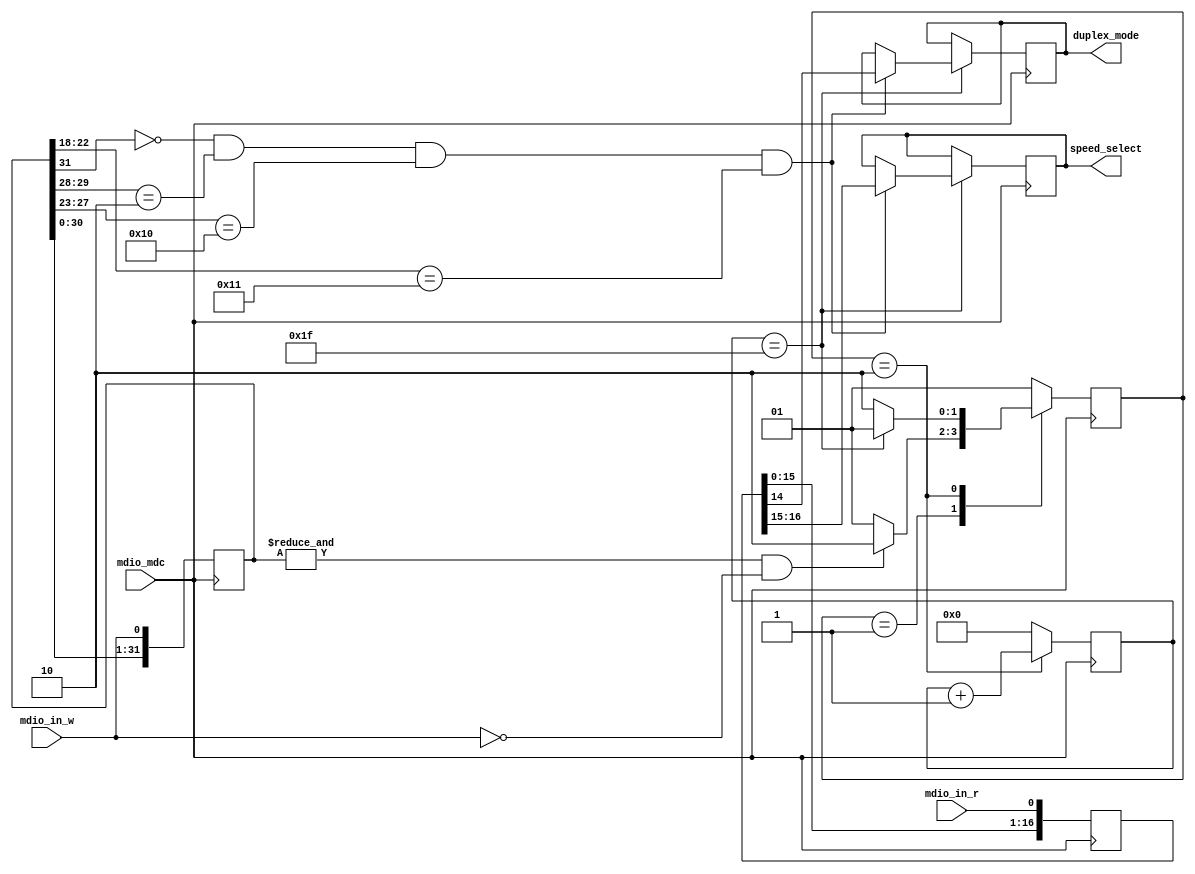
`timescale 1ns/100ps

// ***************************************************************************
// ***************************************************************************
// Copyright 2014 - 2017 (c) Analog Devices, Inc. All rights reserved.
//
// In this HDL repository, there are many different and unique modules, consisting
// of various HDL (Verilog or VHDL) components. The individual modules are
// developed independently, and may be accompanied by separate and unique license
// terms.
//
// The user should read each of these license terms, and understand the
// freedoms and responsibilities that he or she has by using this source/core.
//
// This core is distributed in the hope that it will be useful, but WITHOUT ANY
// WARRANTY; without even the implied warranty of MERCHANTABILITY or FITNESS FOR
// A PARTICULAR PURPOSE.
//
// Redistribution and use of source or resulting binaries, with or without modification
// of this file, are permitted under one of the following two license terms:
//
//   1. The GNU General Public License version 2 as published by the
//      Free Software Foundation, which can be found in the top level directory
//      of this repository (LICENSE_GPL2), and also online at:
//      <https://www.gnu.org/licenses/old-licenses/gpl-2.0.html>
//
// OR
//
//   2. An ADI specific BSD license, which can be found in the top level directory
//      of this repository (LICENSE_ADIBSD), and also on-line at:
//      https://github.com/analogdevicesinc/hdl/blob/master/LICENSE_ADIBSD
//      This will allow to generate bit files and not release the source code,
//      as long as it attaches to an ADI device.
//
// ***************************************************************************
// ***************************************************************************

module mdc_mdio #(

  parameter PHY_AD = 5'b10000) (

  input                   mdio_mdc,
  input                   mdio_in_w,
  input                   mdio_in_r,

  output  reg [ 1:0]      speed_select,
  output  reg             duplex_mode);


  localparam IDLE     = 2'b01;
  localparam ACQUIRE  = 2'b10;

  wire        preamble;

  reg [ 1:0]  current_state = IDLE;
  reg [ 1:0]  next_state    = IDLE;
  reg [31:0]  data_in       = 32'h0;
  reg [31:0]  data_in_r     = 32'h0;
  reg [ 5:0]  data_counter  = 6'h0;

  assign preamble = &data_in;

  always @(posedge mdio_mdc) begin
    current_state <= next_state;
    data_in <= {data_in[30:0], mdio_in_w};
    if (current_state == ACQUIRE) begin
      data_counter <= data_counter + 1;
    end else begin
      data_counter <= 0;
    end
    if (data_counter == 6'h1f) begin
      if (data_in[31] == 1'b0 && data_in[29:28]==2'b10 && data_in[27:23] == PHY_AD && data_in[22:18] == 5'h11) begin
        speed_select <= data_in_r[16:15] ;
        duplex_mode  <= data_in_r[14];
      end
    end
  end

  always @(negedge mdio_mdc) begin
    data_in_r <= {data_in_r[30:0], mdio_in_r};
  end

  always @(*) begin
    case (current_state)
      IDLE: begin
        if (preamble == 1 && mdio_in_w == 0) begin
          next_state <= ACQUIRE;
        end else begin
          next_state <= IDLE;
        end
      end
      ACQUIRE: begin
        if (data_counter == 6'h1f) begin
          next_state <= IDLE;
        end else begin
          next_state <= ACQUIRE;
        end
      end
      default: begin
        next_state <= IDLE;
      end
    endcase
  end

endmodule